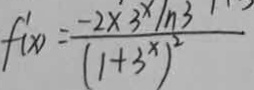
f ^ { \prime } ( x ) = \frac { - 2 \times 3 \ln 3 } { ( 1 + 3 ^ { x } ) ^ { 2 } }